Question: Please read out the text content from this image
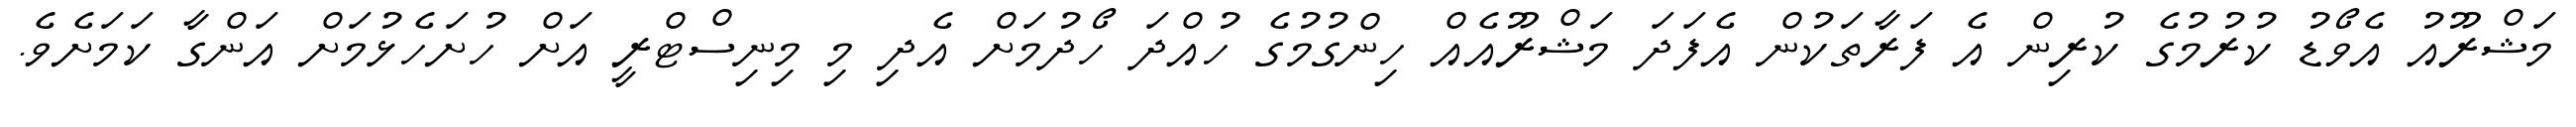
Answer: މަޝްރޫއު އެވޯޑު ކުރުމުގެ ކުރިން އެ ފަރާތަކުން އެފަދަ މަޝްރޫއެއް ހިންގުމުގެ ހުއްދަ ހޯދުމަށް އެދި މި މިނިސްޓްރީ އަށް ހުށަހެޅުމަށް އަންގާ ކަމަށެވެ.